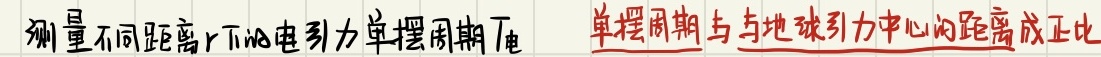
测量不同距离$r$下的电引力单摆周期$T$  单摆周期与与地球引力中心的距离成正比